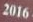
2016